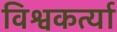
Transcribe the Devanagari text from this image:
विश्वकर्त्या